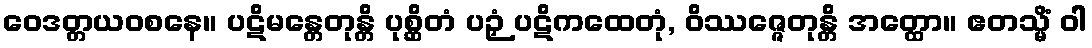
ဝေဒတ္တယဝစနေ။ ပဋိမန္တေတုန္တိ ပုစ္ဆိတံ ပဉှံ ပဋိကထေတုံ, ဝိဿဇ္ဇေတုန္တိ အတ္ထော။ ဧတသ္မိံ ဝါ